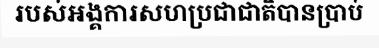
របស់អង្គការសហប្រជាជាតិបានប្រាប់